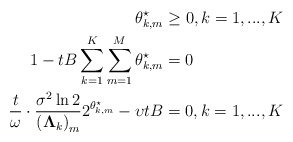
\begin{align*}\theta_{k,m}^{\star}&\geq 0,k=1,...,K\\1-tB\sum_{k=1}^K\sum_{m=1}^M \theta_{k,m}^{\star}&=0\\\frac{t}{\omega}\cdot\frac{\sigma^2\ln 2}{\left(\mathbf{\Lambda}_k\right)_{m}}2^{\theta_{k,m}^{\star}}-\upsilon tB&=0,k=1,...,K \end{align*}